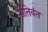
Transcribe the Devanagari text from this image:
नीतिवंत